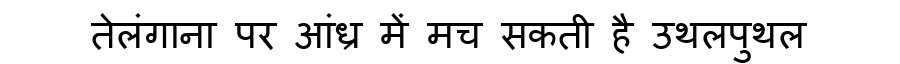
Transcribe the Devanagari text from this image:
तेलंगाना पर आंध्र में मच सकती है उथलपुथल